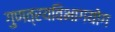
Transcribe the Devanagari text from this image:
गुणत्रयविभागयोग